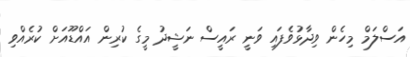
އަސްލަމް މިހެން ވިދާޅުވެފައި ވަނީ ރައީސް ނަޝީދު މީގެ ކުރިން އައްޑޫއަށް ކުރެއްވި